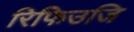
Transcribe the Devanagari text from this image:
रिफिउजि